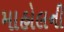
માહોલની